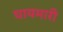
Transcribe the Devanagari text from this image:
घायमारी